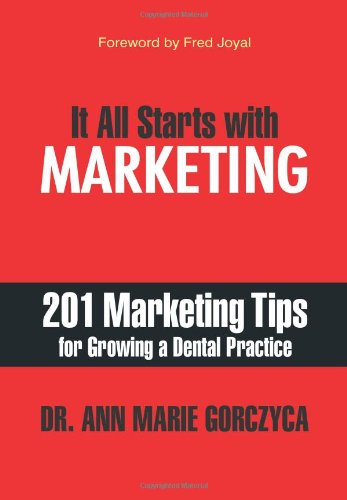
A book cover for It All Starts with Marketing: 201 Marketing Tips for Growing a Dental Practice; DMD MPH MS Dr. Ann Marie Gorczyca; Medical Books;